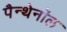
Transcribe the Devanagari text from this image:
पैन्थेनॉल